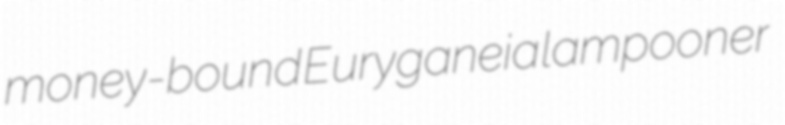
money-bound Euryganeia lampooner